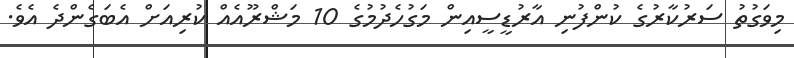
މިވަގުތު ސަރުކާރުގެ ކުންފުނި އާރުޑީސީއިން މަގުހެދުމުގެ 10 މަޝްރޫއެއް ކުރިއަށް އެބަގެންދެ އެވެ.